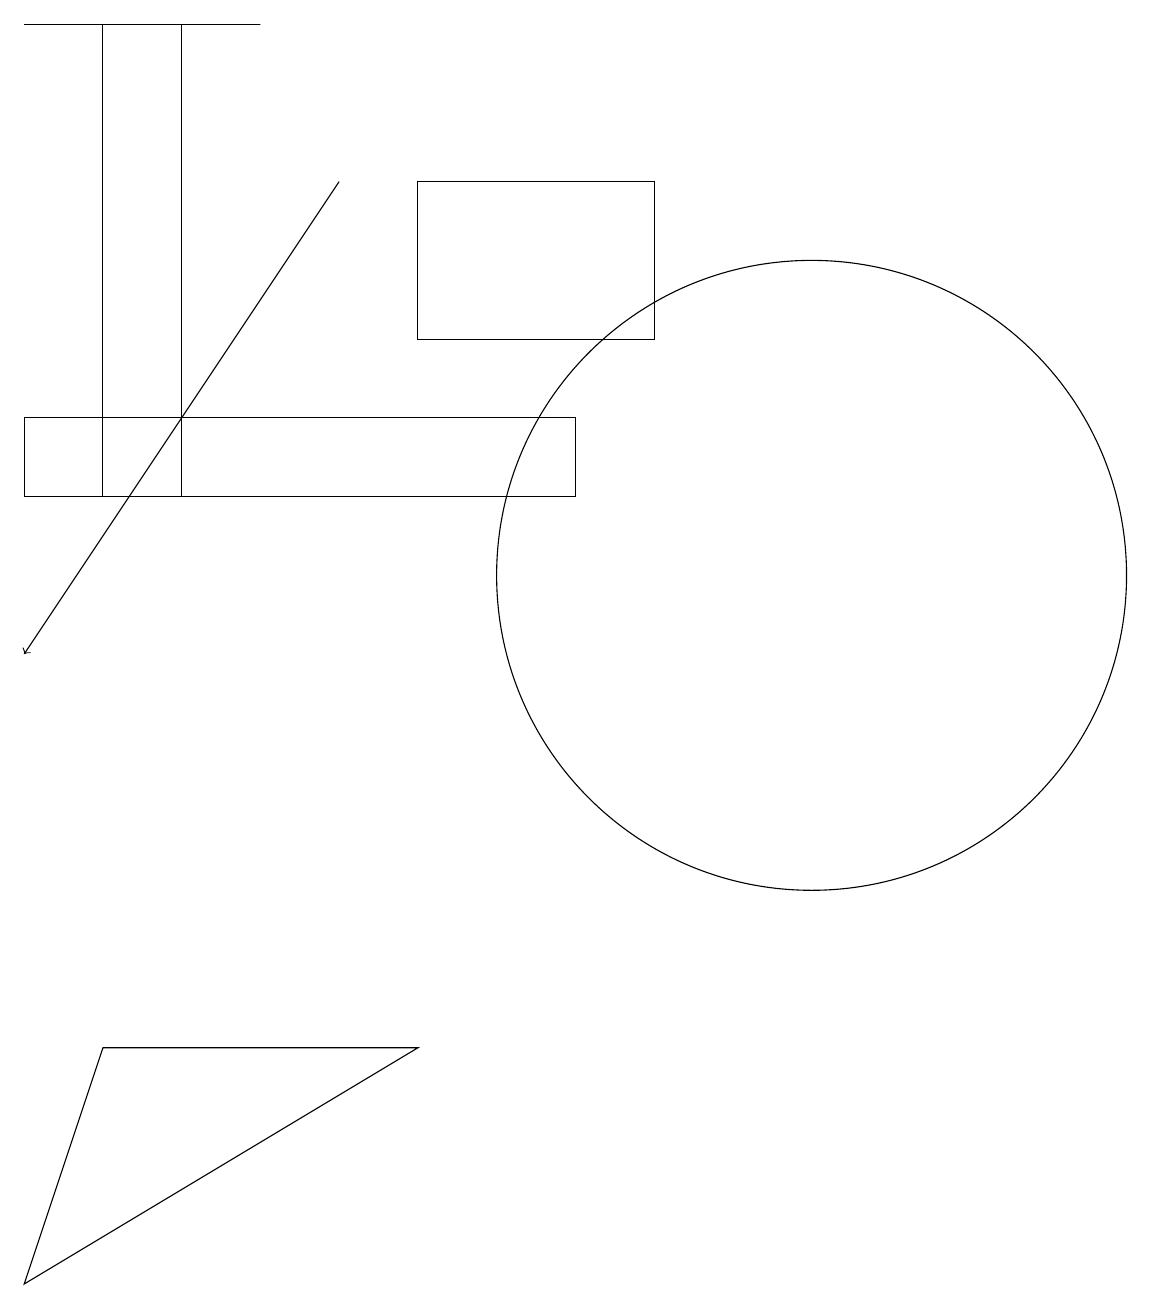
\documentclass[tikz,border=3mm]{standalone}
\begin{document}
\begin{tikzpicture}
\draw (5,5) -- (0,2) -- (1,5) -- cycle;
\draw (3,18) rectangle (0,18);
\draw (7,12) rectangle (0,13);
\draw (2,18) rectangle (1,12);
\draw (10,11) circle (4);
\draw[->] (4,16) -- (0,10);
\draw (10,10) circle (0);
\draw (5,14) rectangle (8,16);
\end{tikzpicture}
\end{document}